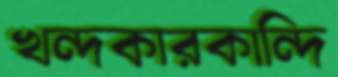
খন্দকারকান্দি